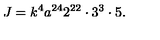
J = k ^ { 4 } a ^ { 2 4 } 2 ^ { 2 2 } \cdot 3 ^ { 3 } \cdot 5 .